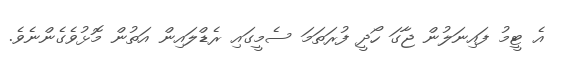
އެ ޓީމު ފައިނަލުން ޖާގަ ހޯދީ ފުރަތަމަ ސެމީގައި ރެޑްލައިން އަތުން މޮޅުވެގެންނެވެ.